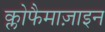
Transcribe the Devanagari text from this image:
क्लोफैमाज़ाइन